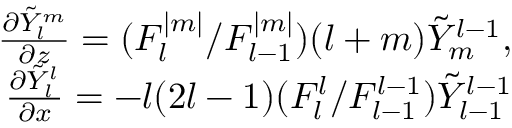
\begin{array} { r } { \frac { \partial \tilde { Y } _ { l } ^ { m } } { \partial z } = ( { F _ { l } ^ { | m | } } / { F _ { l - 1 } ^ { | m | } } ) ( l + m ) \tilde { Y } _ { m } ^ { l - 1 } , } \\ { \frac { \partial \tilde { Y } _ { l } ^ { l } } { \partial x } = - l ( 2 l - 1 ) ( { F _ { l } ^ { l } } / { F _ { l - 1 } ^ { l - 1 } } ) \tilde { Y } _ { l - 1 } ^ { l - 1 } } \end{array}